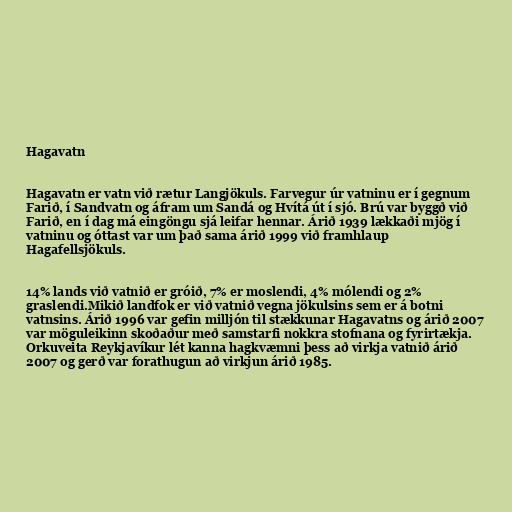
Hagavatn

Hagavatn er vatn við rætur Langjökuls. Farvegur úr vatninu er í gegnum
Farið, í Sandvatn og áfram um Sandá og Hvítá út í sjó. Brú var byggð við
Farið, en í dag má eingöngu sjá leifar hennar. Árið 1939 lækkaði mjög í
vatninu og óttast var um það sama árið 1999 við framhlaup
Hagafellsjökuls.

14% lands við vatnið er gróið, 7% er moslendi, 4% mólendi og 2%
graslendi.Mikið landfok er við vatnið vegna jökulsins sem er á botni
vatnsins. Árið 1996 var gefin milljón til stækkunar Hagavatns og árið 2007
var möguleikinn skoðaður með samstarfi nokkra stofnana og fyrirtækja.
Orkuveita Reykjavíkur lét kanna hagkvæmni þess að virkja vatnið árið
2007 og gerð var forathugun að virkjun árið 1985.